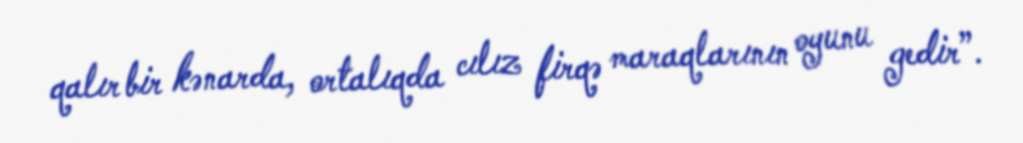
qalır bir kənarda, ortalıqda cılız firqə maraqlarının oyunu gedir”.